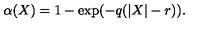
\alpha ( X ) = 1 - \exp ( { - q ( | X | - r ) } ) .